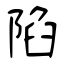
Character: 陷